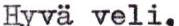
Hyvä veli,